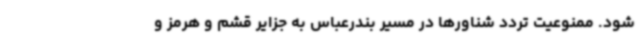
شود. ممنوعیت تردد شناورها در مسیر بندرعباس به جزایر قشم و هرمز و